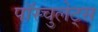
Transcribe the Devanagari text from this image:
पॉस्चुलेट्स